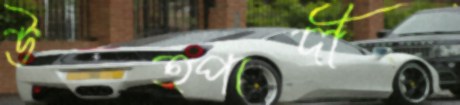
উত্পাদী